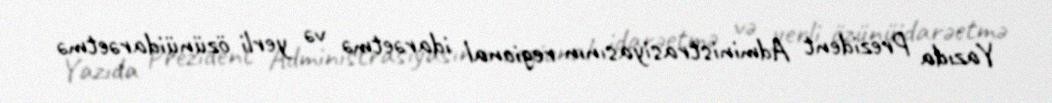
Yazıda Prezident Administrasiyasının regional idarəetmə və yerli özünüidarəetmə